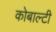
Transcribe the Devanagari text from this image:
कोबाल्टी